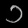
Digit: ၁